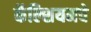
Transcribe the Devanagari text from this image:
कॅल्शियमचे